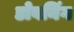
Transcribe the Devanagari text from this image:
डोवनिंग